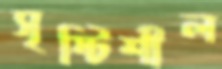
সৃষ্টিশীল